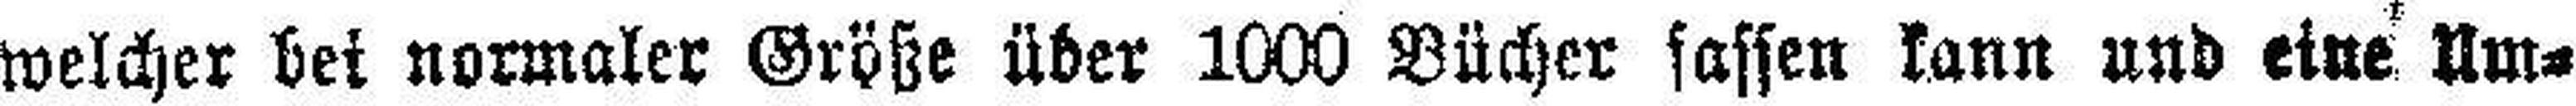
welcher bei normaler Größe über 1000 Bücher fassen kann und eine Um¬